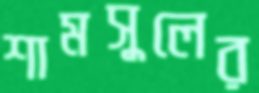
শামসুলের